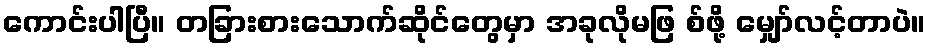
ကောင်းပါပြီ။ တခြားစားသောက်ဆိုင်တွေမှာ အခုလိုမဖြ စ်ဖို့ မျှော်လင့်တာပဲ။